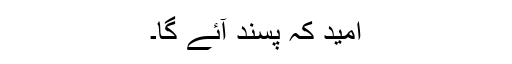
امید کہ پسند آئے گا۔